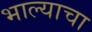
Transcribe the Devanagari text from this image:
भाल्याचा